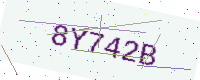
Text: 8Y742B